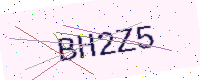
Text: BH2Z5